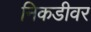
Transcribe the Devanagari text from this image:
निकडीवर